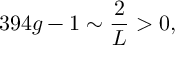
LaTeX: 3 9 4 g - 1 \sim \frac { 2 } { L } > 0 ,